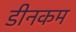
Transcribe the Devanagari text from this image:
डीनकम